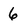
Character: 6